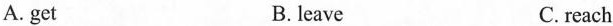
A. get B. leave C.reach